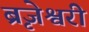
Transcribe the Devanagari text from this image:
ब्रृजेश्वरी